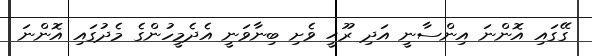
ގޭގައި އޮންނަ އިންސާނީ އަދި ރޫޙީ ވެށި ބިނާވަނީ އެދެމީހުންގެ މެދުގައި އޮންނަ